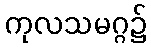
ကုလသမဂ္ဂ၌